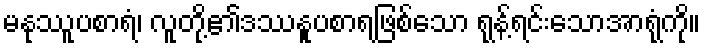
မနုဿူပစာရံ၊ လူတို့၏ဒဿနူပစာရဖြစ်သော ရုန့်ရင်းသောအာရုံကို။